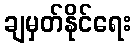
ချမှတ်နိုင်ရေး